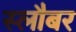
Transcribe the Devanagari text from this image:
स्लौबर